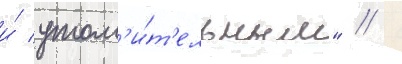
и́ утом'и́т'ельным" //